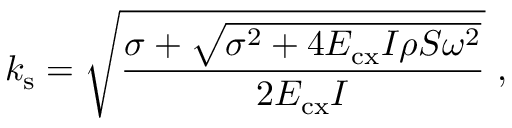
k _ { \mathrm { s } } = \sqrt { \frac { \sigma + \sqrt { \sigma ^ { 2 } + 4 E _ { \mathrm { c x } } I \rho S \omega ^ { 2 } } } { 2 E _ { \mathrm { c x } } I } } ~ ,